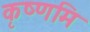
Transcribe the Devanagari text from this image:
कृष्णमि